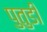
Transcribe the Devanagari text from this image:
पुतुडी